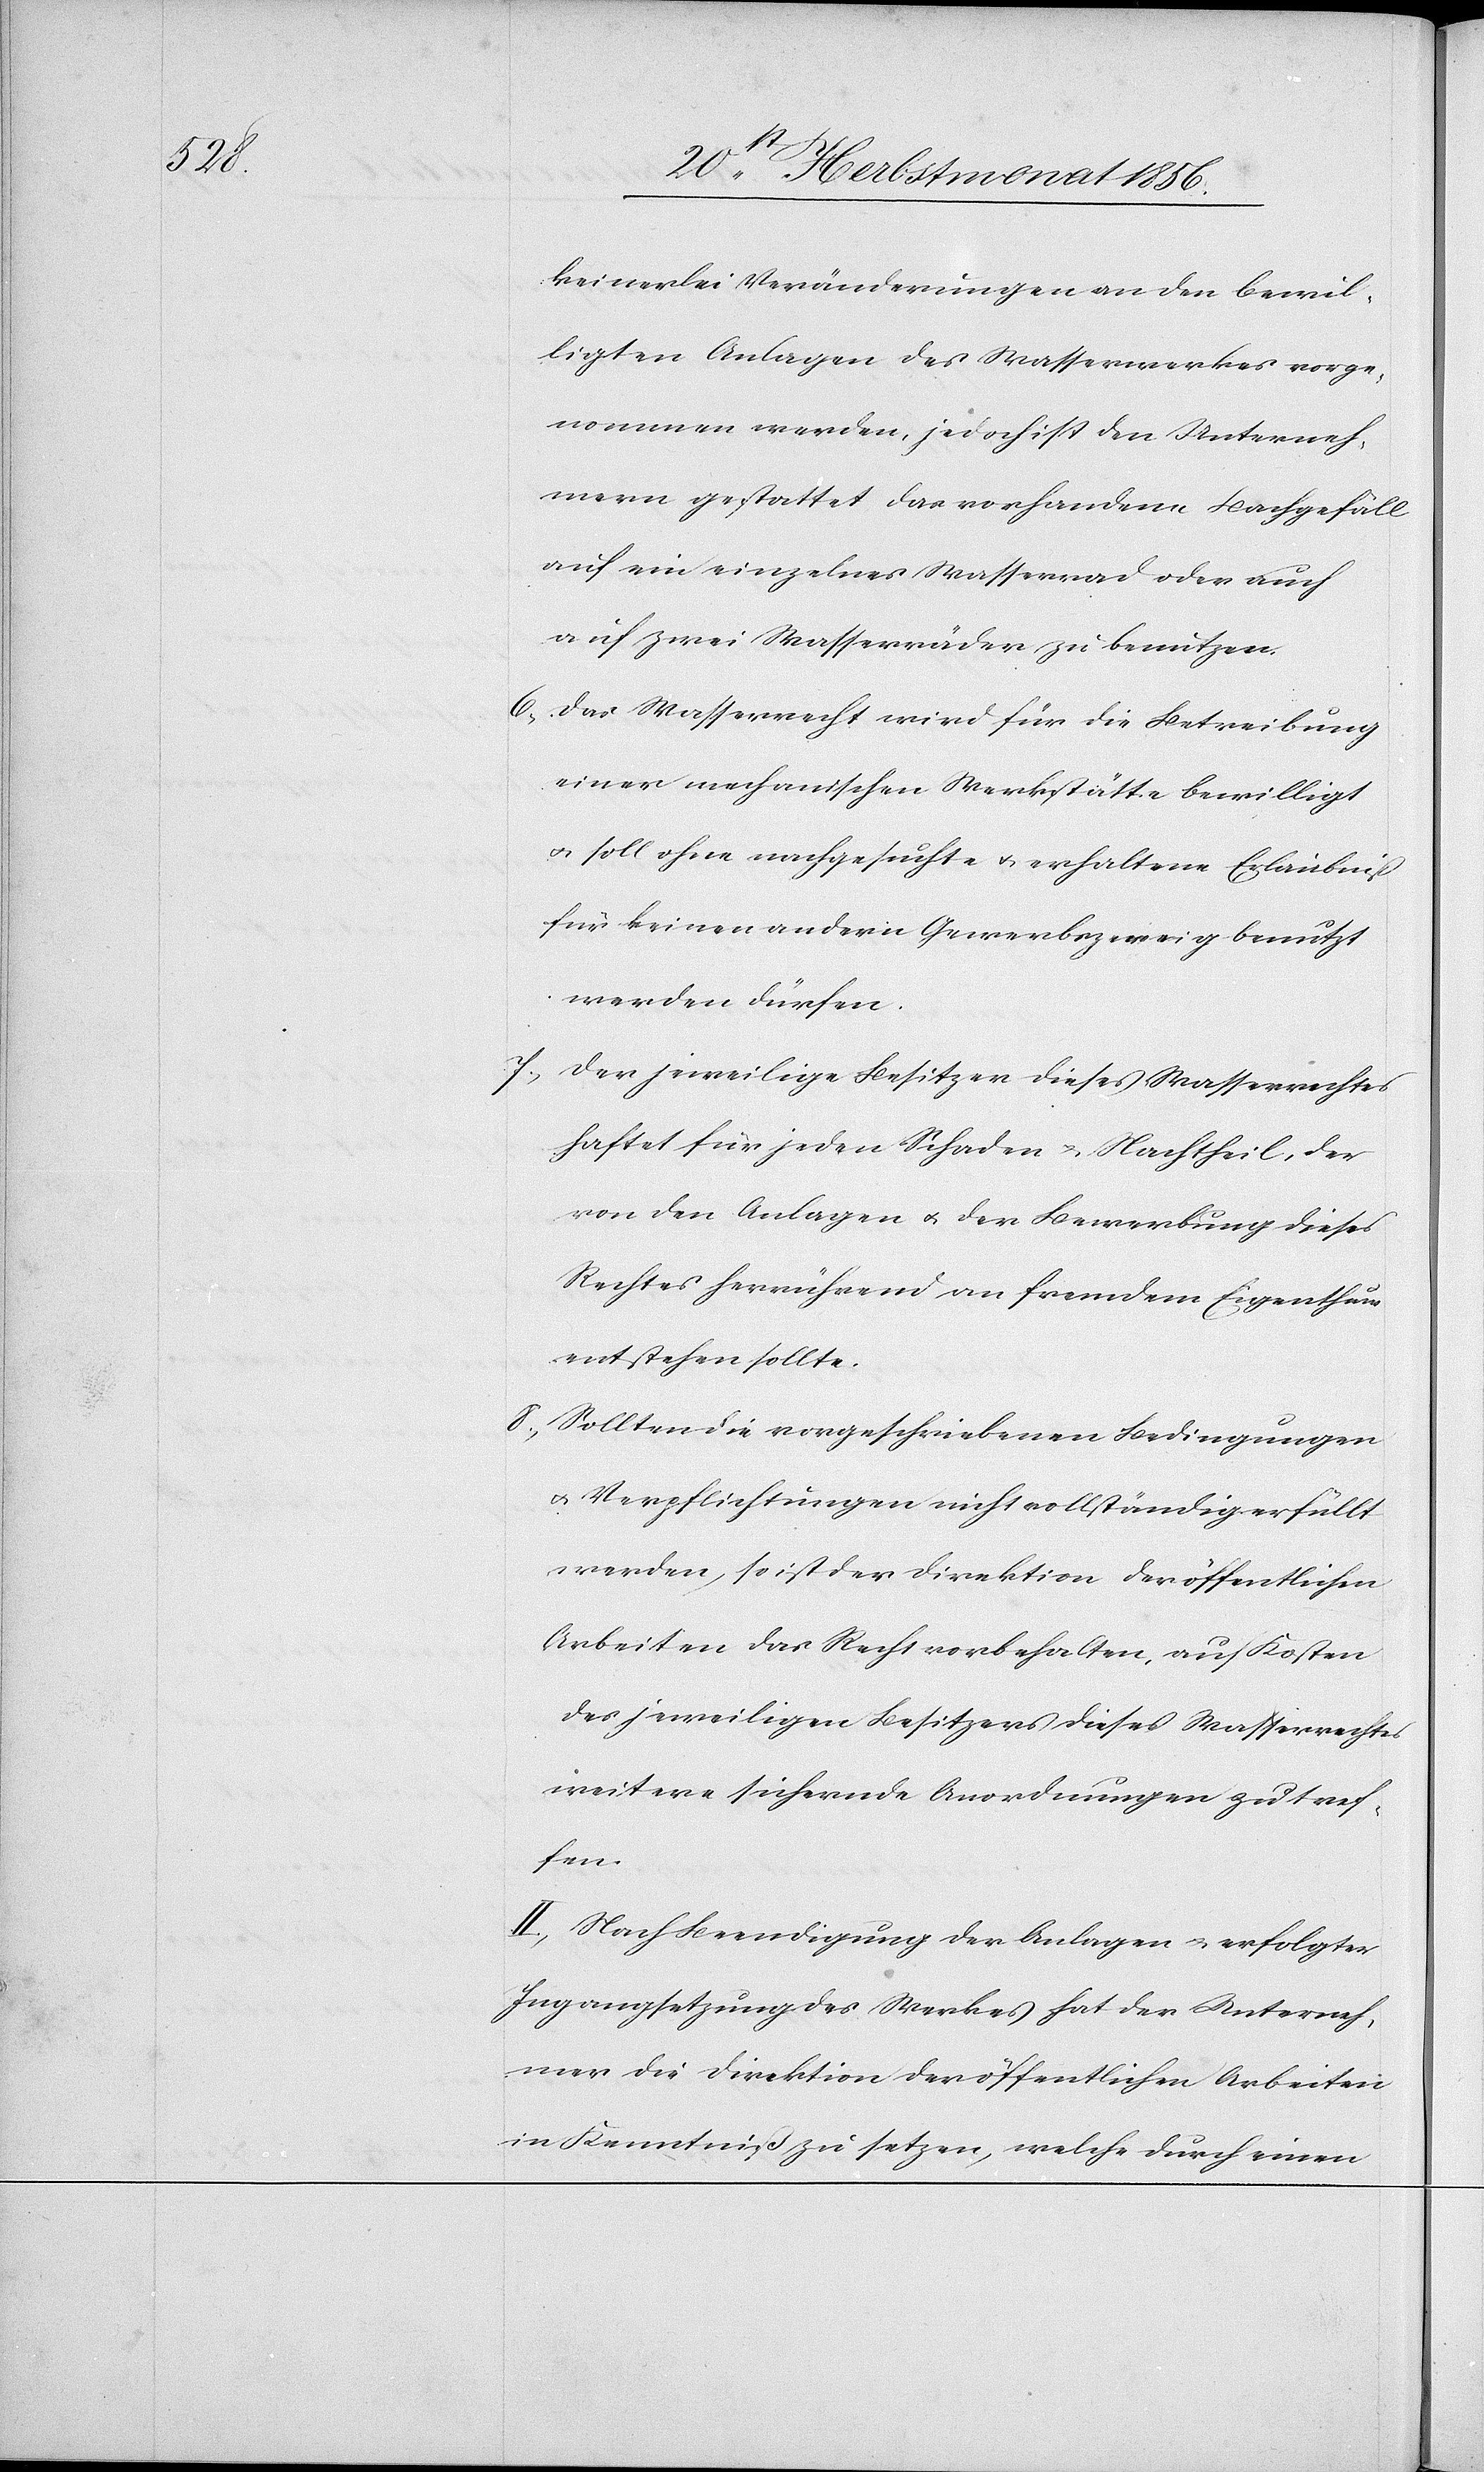
keinerlei Veränderungen an den bewil¬
ligten Anlagen des Wasserwerkes vorge¬
nommen werden, jedoch ist den Unterneh¬
mern gestattet das vorhandene Bachgefäll
auf ein einzelnes Wasserrad oder auch
auf zwei Wasserräder zu benutzen.
6.) Das Wasserrecht wird für die Betreibung
einer mechanischen Werkstätte bewilligt
u. soll ohne nachgesuchte u. erhaltene Erlaubniß
für keinen andern Gewerbszweig benutzt
werden dürfen.
7.) Der jeweilige Besitzer dieses Wasserrechtes
haftet für jeden Schaden u. Nachtheil, der
von den Anlagen u. der Bewerbung dieses
Rechtes herrührend an fremdem Eigenthum
entstehen sollte.
8.) Sollten die vorgeschriebenen Bedingungen
u. Verpflichtungen nicht vollständig erfüllt
werden, so ist der Direktion der öffentlichen
Arbeiten das Recht vorbehalten, auf Kosten
des jeweiligen Besitzers dieses Wasserrechtes
weitere sichernde Anordnungen zu tref¬
fen.
II.) Nach Beendigung der Anlagen u. erfolgter
Ingangsetzung des Werkes hat der Unterneh¬
mer die Direktion der öffentlichen Arbeiten
in Kenntniß zu setzen, welche durch einen